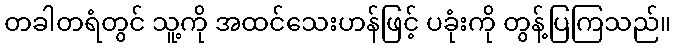
တခါတရံတွင် သူ့ကို အထင်သေးဟန်ဖြင့် ပခုံးကို တွန့်ပြကြသည်။